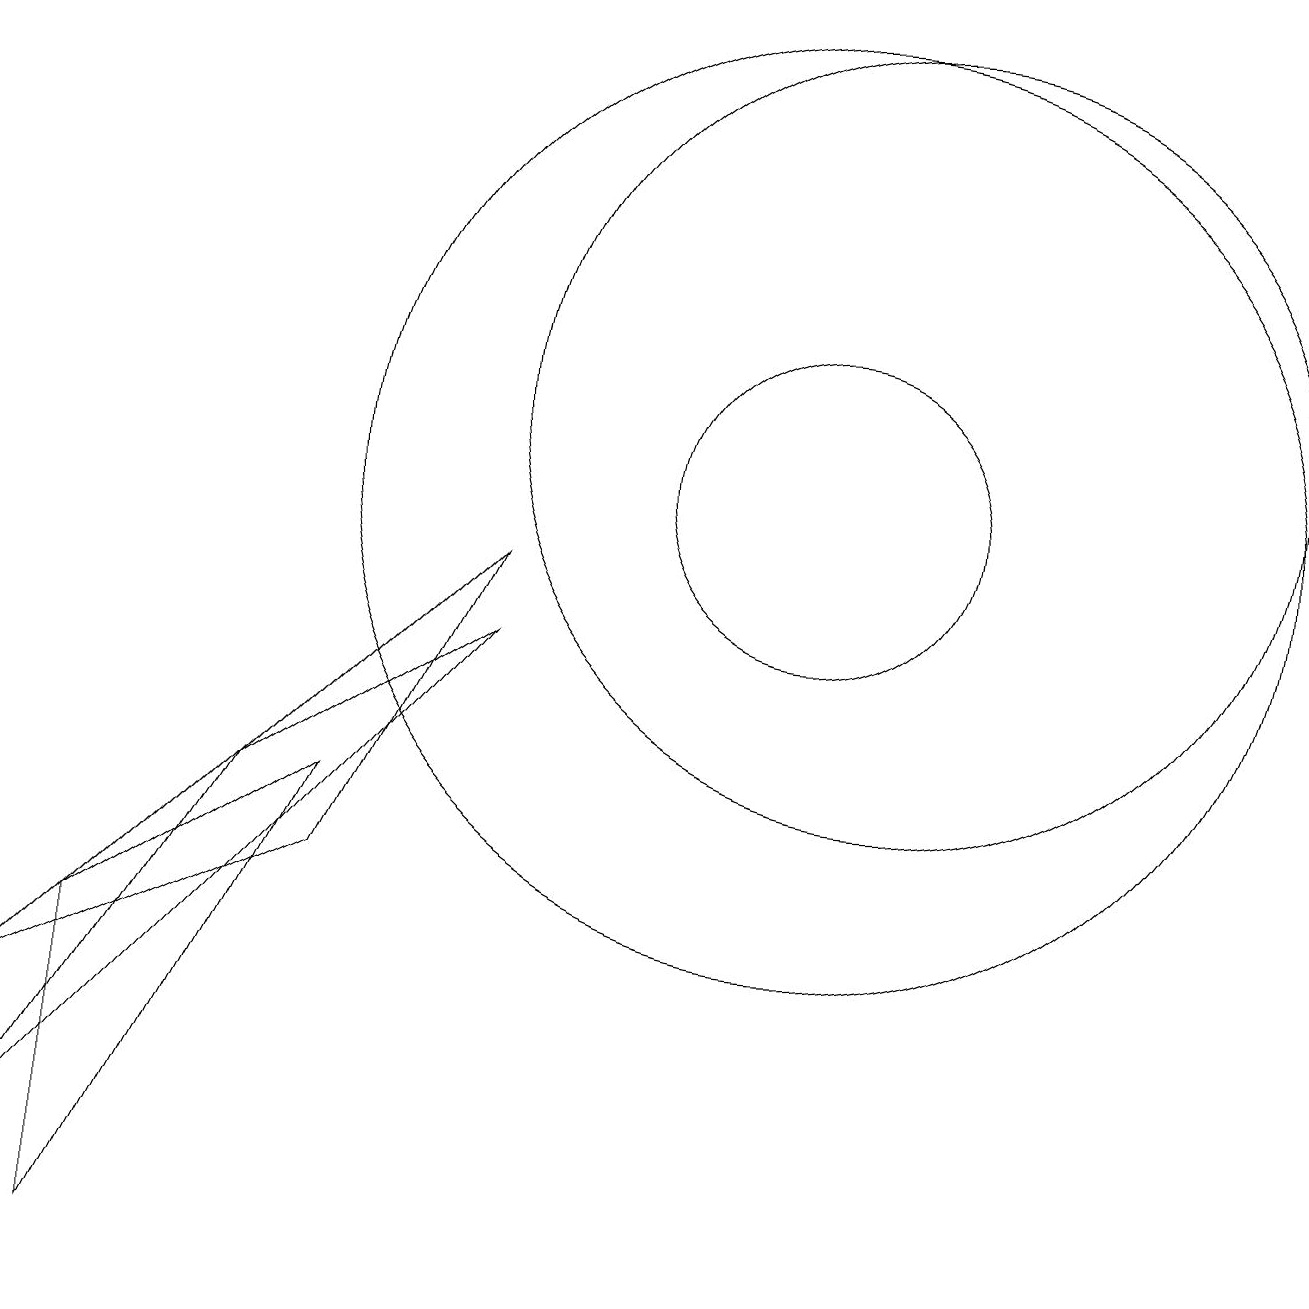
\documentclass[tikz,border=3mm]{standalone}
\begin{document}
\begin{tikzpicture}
\draw (10,10) circle (6);
\draw (11,11) circle (5);
\draw (6,8) -- (0,1) -- (3,6) -- cycle;
\draw (0,3) -- (4,5) -- (6,9) -- cycle;
\draw (1,4) -- (1,0) -- (4,6) -- cycle;
\draw (10,10) circle (2);
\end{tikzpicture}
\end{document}